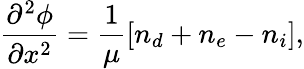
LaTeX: \frac{\partial^{2}\phi}{\partial x^{2}}=\frac{1}{\mu}\left[n_{d}+n_{e}-n_{i}\right],